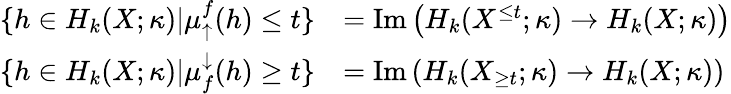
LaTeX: \begin{array}{rl}{\{ h\in H_{k}(X;\kappa)|\mu_{\uparrow}^{f}(h)\leq t\} }&{=\mathrm{Im}\left(H_{k}(X^{\leq t};\kappa)\to H_{k}(X;\kappa)\right)}\\ {\{ h\in H_{k}(X;\kappa)|\mu_{f}^{\downarrow}(h)\geq t\} }&{=\mathrm{Im}\left(H_{k}(X_{\geq t};\kappa)\to H_{k}(X;\kappa)\right)}\end{array}